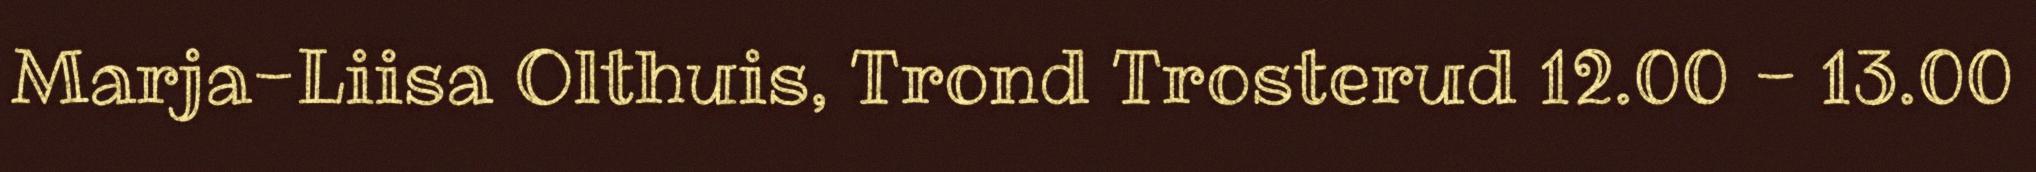
Marja-Liisa Olthuis, Trond Trosterud 12.00 - 13.00